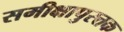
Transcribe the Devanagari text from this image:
समीक्षापुस्त्तक